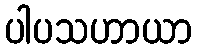
ပါပသဟာယာ